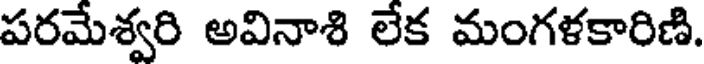
పరమేశ్వరి అవినాశి లేక మంగళకారిణి.